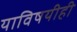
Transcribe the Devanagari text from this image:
याविषयीही